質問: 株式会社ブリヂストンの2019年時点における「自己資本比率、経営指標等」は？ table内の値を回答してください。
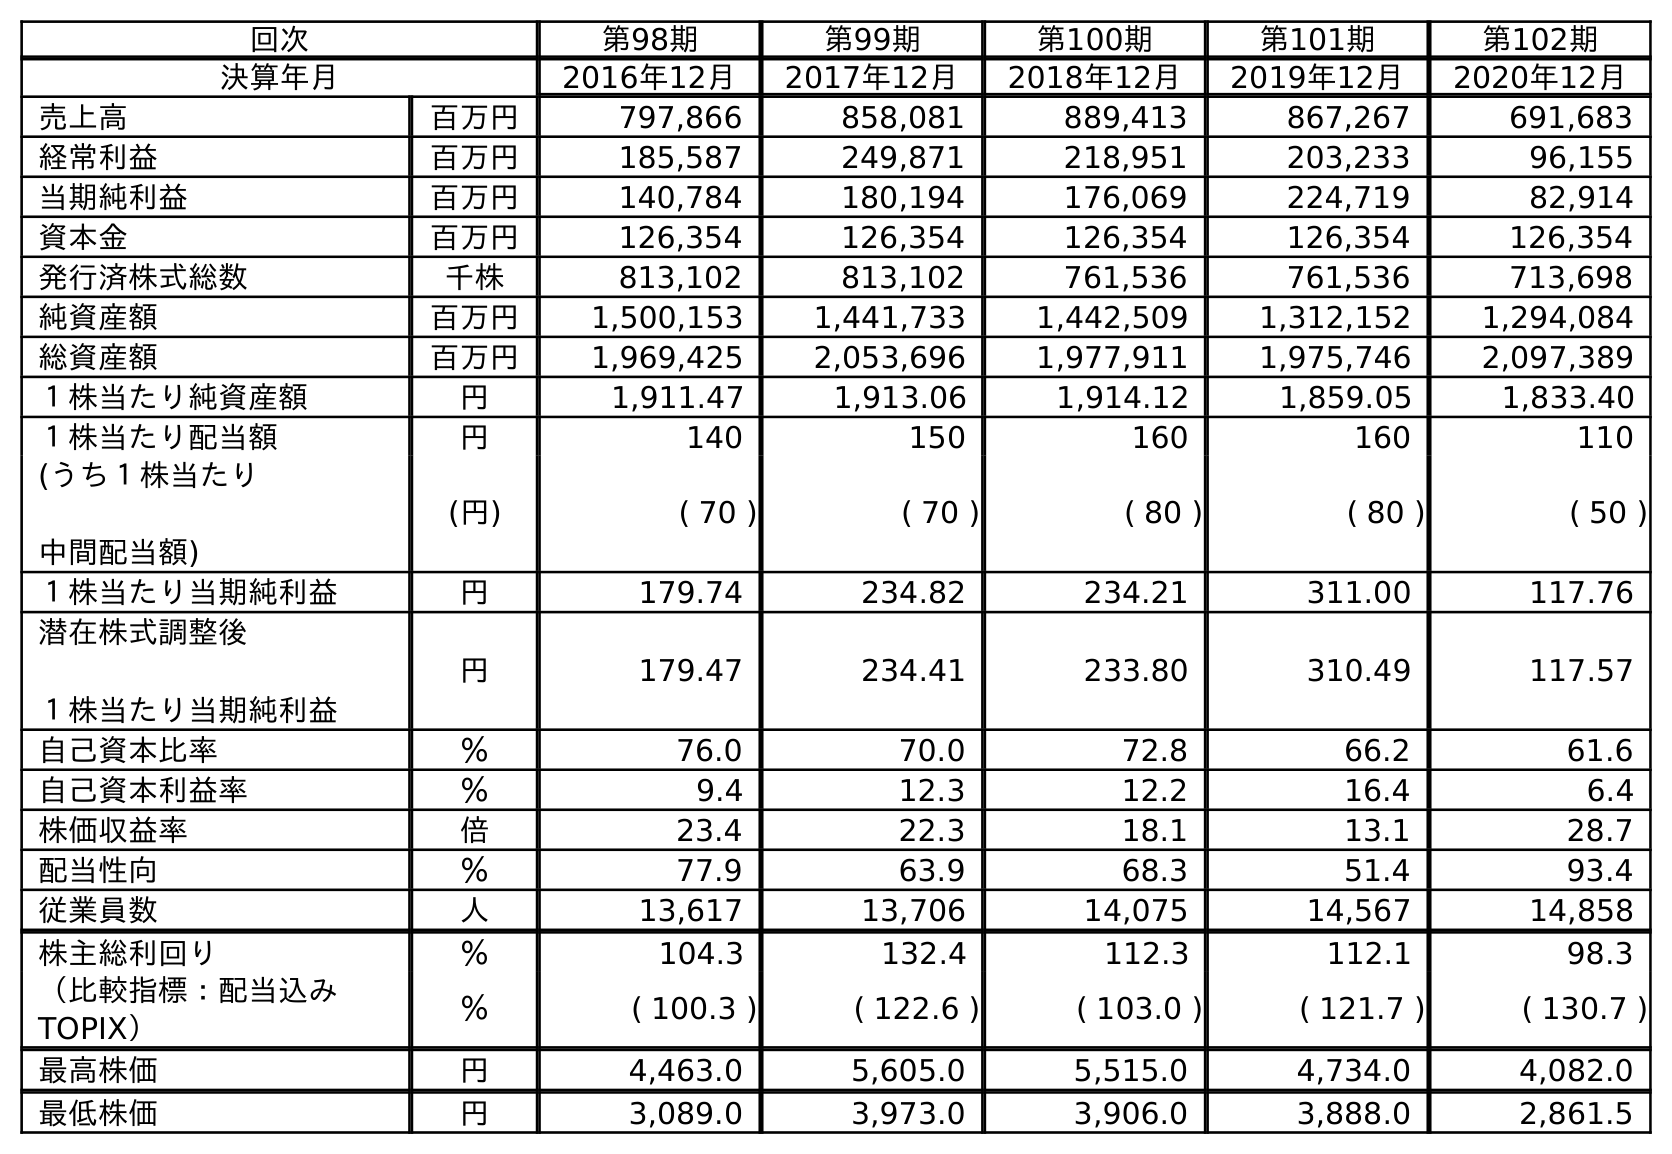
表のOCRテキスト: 回次 第98期 第99期 第100期 第101期 第102期 決算年月 2016年12月 2017年12月 2018年12月 2019年12月 2020年12月 売上高 百万円 797,866 858,081 889,413 867,267 691,683 経常利益 百万円 185,587 249,871 218,951 203,233 96,155 当期純利益 百万円 140,784 180,194 176,069 224,719 82,914 資本金 百万円 126,354 126,354 126,354 126,354 126,354 発行済株式総数 千株 813,102 813,102 761,536 761,536 713,698 純資産額 百万円 1,500,153 1,441,733 1,442,509 1,312,152 1,294,084 総資産額 百万円 1,969,425 2,053,696 1,977,911 1,975,746 2,097,389 １株当たり純資産額 円 1,911.47 1,913.06 1,914.12 1,859.05 1,833.40 １株当たり配当額 円 140 150 160 160 110 (うち１株当たり 中間配当額) (円) ( 70 ) ( 70 ) ( 80 ) ( 80 ) ( 50 ) １株当たり当期純利益 円 179.74 234.82 234.21 311.00 117.76 潜在株式調整後 １株当たり当期純利益 円 179.47 234.41 233.80 310.49 117.57 自己資本比率 ％ 76.0 70.0 72.8 66.2 61.6 自己資本利益率 ％ 9.4 12.3 12.2 16.4 6.4 株価収益率 倍 23.4 22.3 18.1 13.1 28.7 配当性向 ％ 77.9 63.9 68.3 51.4 93.4 従業員数 人 13,617 13,706 14,075 14,567 14,858 株主総利回り ％ 104.3 132.4 112.3 112.1 98.3 （比較指標：配当込み TOPIX） ％ ( 100.3 ) ( 122.6 ) ( 103.0 ) ( 121.7 ) ( 130.7 ) 最高株価 円 4,463.0 5,605.0 5,515.0 4,734.0 4,082.0 最低株価 円 3,089.0 3,973.0 3,906.0 3,888.0 2,861.5
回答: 66.2